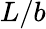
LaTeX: L/b